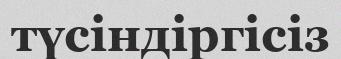
түсіндіргісіз